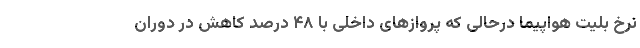
نرخ بلیت هواپیما درحالی که پروازهای داخلی با ۴۸ درصد کاهش در دوران